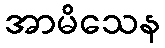
အာမိသေန